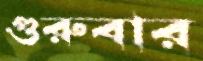
গুরুবার